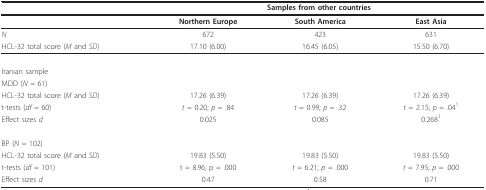
<table><thead><tr><td></td><td colspan="3"><b>Samples from other countries</b></td></tr></thead><tbody><tr><td></td><td><b>Northern Europe</b></td><td><b>South America</b></td><td><b>East Asia</b></td></tr><tr><td><i>N</i></td><td>672</td><td>423</td><td>631</td></tr><tr><td>HCL-32 total score (<i>M </i>and <i>SD</i>)</td><td>17.10 (6.00)</td><td>16.45 (6.05)</td><td>15.50 (6.70)</td></tr><tr><td>Iranian sample</td><td></td><td></td><td></td></tr><tr><td>MDD (<i>N </i>= 61)</td><td></td><td></td><td></td></tr><tr><td>HCL-32 total score (<i>M </i>and <i>SD</i>)</td><td>17.26 (6.39)</td><td>17.26 (6.39)</td><td>17.26 (6.39)</td></tr><tr><td>t-tests (<i>df </i>= 60)</td><td><i>t </i>= 0.20; <i>p </i>= .84</td><td><i>t </i>= 0.99; <i>p </i>= .32</td><td><i>t </i>= 2.15; <i>p </i>= .04<sup>1</sup></td></tr><tr><td>Effect sizes <i>d</i></td><td>0.025</td><td>0.085</td><td>0.268<sup>1</sup></td></tr><tr><td>BP (<i>N </i>= 102)</td><td></td><td></td><td></td></tr><tr><td>HCL-32 total score (<i>M </i>and <i>SD</i>)</td><td>19.83 (5.50)</td><td>19.83 (5.50)</td><td>19.83 (5.50)</td></tr><tr><td>t-tests (<i>df </i>= 101)</td><td>t = 8.96; p = .000</td><td><i>t </i>= 6.21; <i>p </i>= .000</td><td><i>t </i>= 7.95; <i>p </i>= .000</td></tr><tr><td>Effect sizes <i>d</i></td><td>0.47</td><td>0.58</td><td>0.71</td></tr></tbody></table>